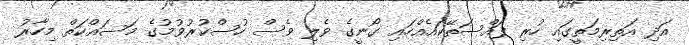
އަދި އަތިރިމަތީގައި ހުރި ފައްސަތޭކައެއްހައި ގޯނީގެ ވެލި ވެސް ހުސްކުރުވުމުގެ މަސައްކަތް މިހާރު